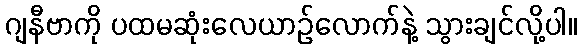
ဂျနီဗာကို ပထမဆုံးလေယာဉ်လောက်နဲ့ သွားချင်လို့ပါ။